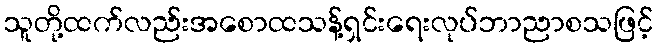
သူတို့ထက်လည်းအစောထသန့်ရှင်းရေးလုပ်ဘာညာစသဖြင့်